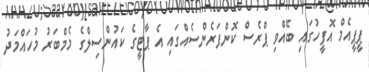
ޕީޕީއެމް އޮފީހުގައި ބޭއްވި ޕްރެސް ކޮންފަރެންސެއްގައި އެ ޕާޓީގެ ކައުންސިލްގެ މެމްބަރު މުހައްމަދު